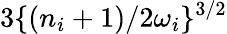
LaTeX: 3\{ (n_{i}+1)/{2\omega_{i}}\} ^{3/2}